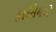
કાસિમએ